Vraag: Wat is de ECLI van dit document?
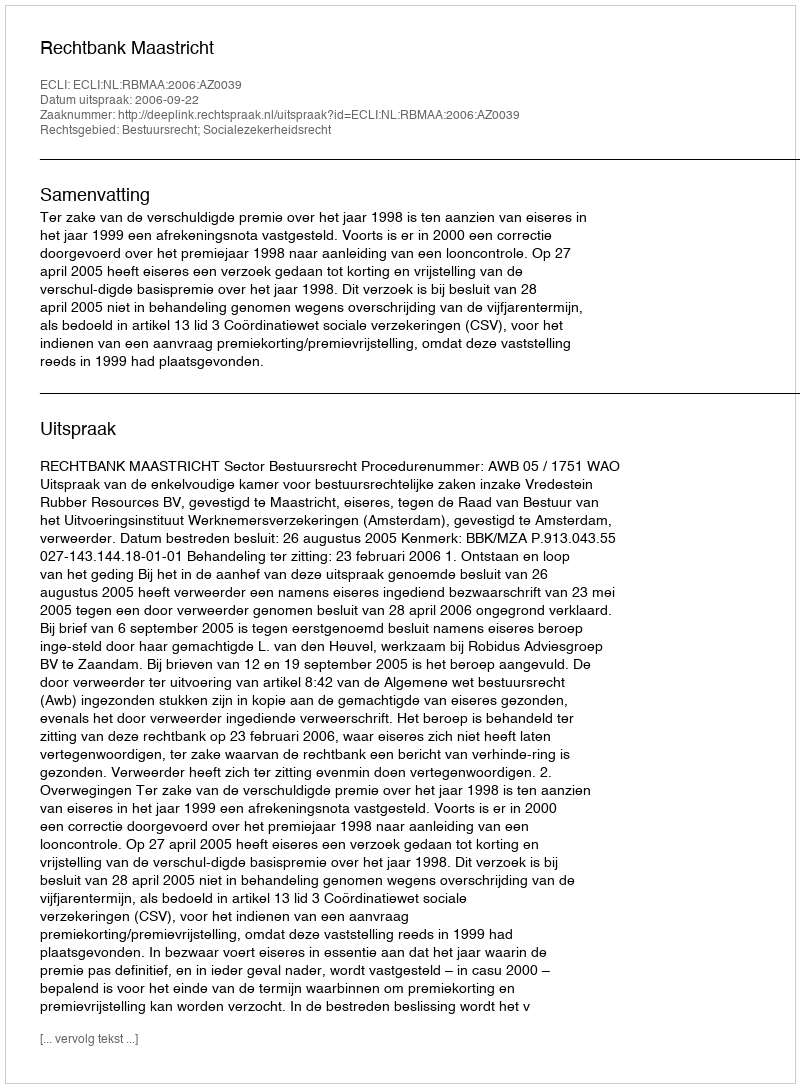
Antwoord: ECLI:NL:RBMAA:2006:AZ0039